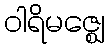
ဝါရိမဇ္ဈေ